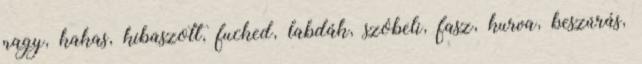
nagy, kakas, kibaszott, fucked, labdák, szóbeli, fasz, kurva, beszúrás,